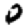
Digit: 0